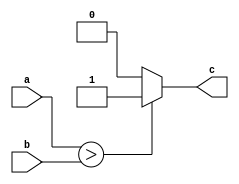
module GCompare
#(parameter WIDTH=10)
(a, b, c);
input signed [WIDTH-1:0] a, b;
output c;

assign c = (a > b)? 1'b1 : 1'b0 ;
endmodule